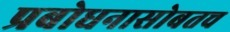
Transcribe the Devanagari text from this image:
प्रबोधनासोबतच